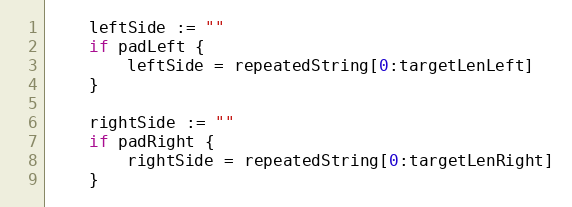
Language: Go
	leftSide := ""
	if padLeft {
		leftSide = repeatedString[0:targetLenLeft]
	}

	rightSide := ""
	if padRight {
		rightSide = repeatedString[0:targetLenRight]
	}